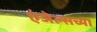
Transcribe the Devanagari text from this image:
एंजेल्सच्या